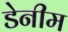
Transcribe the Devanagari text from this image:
डेनीम